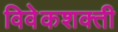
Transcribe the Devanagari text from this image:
विवेकशक्ती